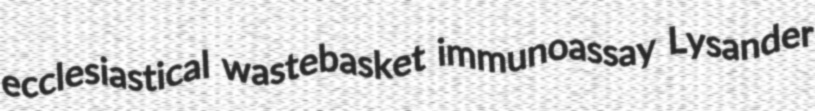
ecclesiastical wastebasket immunoassay Lysander